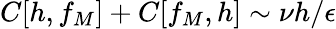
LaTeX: C[h,f_{M}]+C[f_{M},h]\sim\nu h/\epsilon